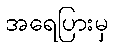
အရေပြားမှ